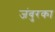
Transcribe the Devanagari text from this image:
जंबुरका